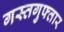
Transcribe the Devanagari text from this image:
गस्तगुफ्तार